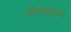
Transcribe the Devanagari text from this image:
लंगड़ाहट